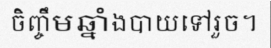
ចិញ្ចឹមឆ្នាំងបាយទៅរួច។